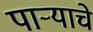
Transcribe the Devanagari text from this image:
पार्‍याचे